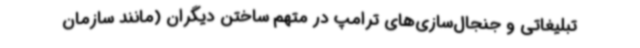
تبلیغاتی و جنجال‌سازی‌های ترامپ در متهم ساختن دیگران (مانند سازمان